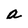
Character: a